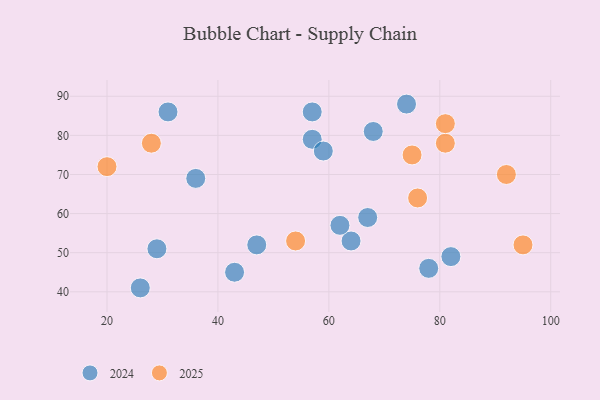
{"axis": {"x": "GDP", "y": "Life Expectancy"}, "legend": ["2024", "2025"], "data": [{"x": "95", "y": 52, "type": "2025"}, {"x": "81", "y": 78, "type": "2025"}, {"x": "28", "y": 78, "type": "2025"}, {"x": "75", "y": 75, "type": "2025"}, {"x": "76", "y": 64, "type": "2025"}, {"x": "54", "y": 53, "type": "2025"}, {"x": "92", "y": 70, "type": "2025"}, {"x": "20", "y": 72, "type": "2025"}, {"x": "81", "y": 83, "type": "2025"}, {"x": "78", "y": 46, "type": "2024"}, {"x": "64", "y": 53, "type": "2024"}, {"x": "67", "y": 59, "type": "2024"}, {"x": "26", "y": 41, "type": "2024"}, {"x": "62", "y": 57, "type": "2024"}, {"x": "82", "y": 49, "type": "2024"}, {"x": "57", "y": 79, "type": "2024"}, {"x": "43", "y": 45, "type": "2024"}, {"x": "31", "y": 86, "type": "2024"}, {"x": "68", "y": 81, "type": "2024"}, {"x": "29", "y": 51, "type": "2024"}, {"x": "47", "y": 52, "type": "2024"}, {"x": "36", "y": 69, "type": "2024"}, {"x": "74", "y": 88, "type": "2024"}, {"x": "57", "y": 86, "type": "2024"}, {"x": "59", "y": 76, "type": "2024"}]}